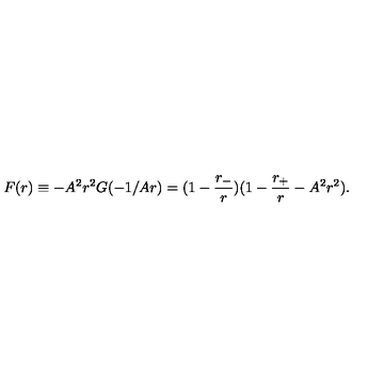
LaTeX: F ( r ) \equiv - A ^ { 2 } r ^ { 2 } G ( - 1 / A r ) = ( 1 - \frac { r _ { - } } { r } ) ( 1 - \frac { r _ { + } } { r } - A ^ { 2 } r ^ { 2 } ) .